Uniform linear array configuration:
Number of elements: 12
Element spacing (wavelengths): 1
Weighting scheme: kaiser
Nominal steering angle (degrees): -60
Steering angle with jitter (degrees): -61.627
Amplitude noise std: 0.05
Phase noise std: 0.05

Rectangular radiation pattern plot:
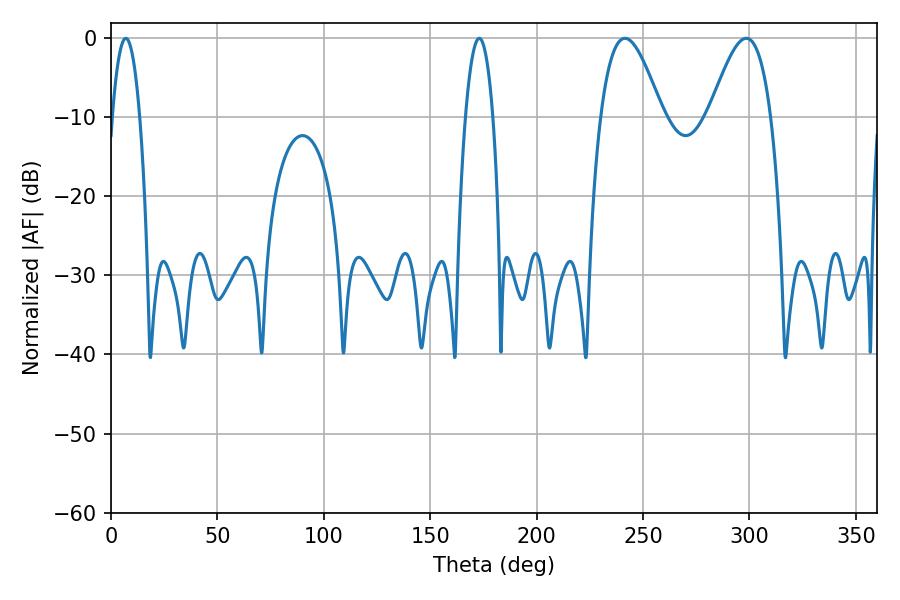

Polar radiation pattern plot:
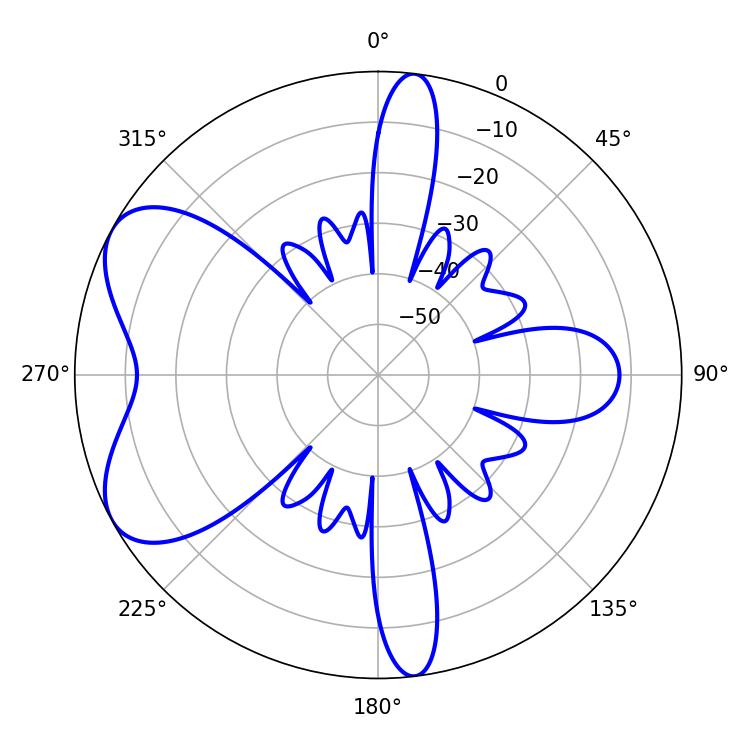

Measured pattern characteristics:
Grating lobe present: TRUE
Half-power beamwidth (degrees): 15.66
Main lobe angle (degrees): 298.44